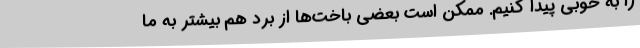
را به خوبی پیدا کنیم. ممکن است بعضی باخت‌ها از برد هم بیشتر به ما